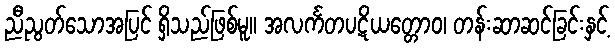
ညီညွတ်သောအပြင် ရှိသည်ဖြစ်မူ။ အလင်္ကတပဋိယတ္တောဝ၊ တန်းဆာဆင်ခြင်းနှင့်